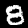
Label: 8